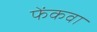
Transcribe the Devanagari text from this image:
फेंकवा